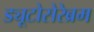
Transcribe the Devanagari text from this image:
ड्यूटोसेरेब्रम